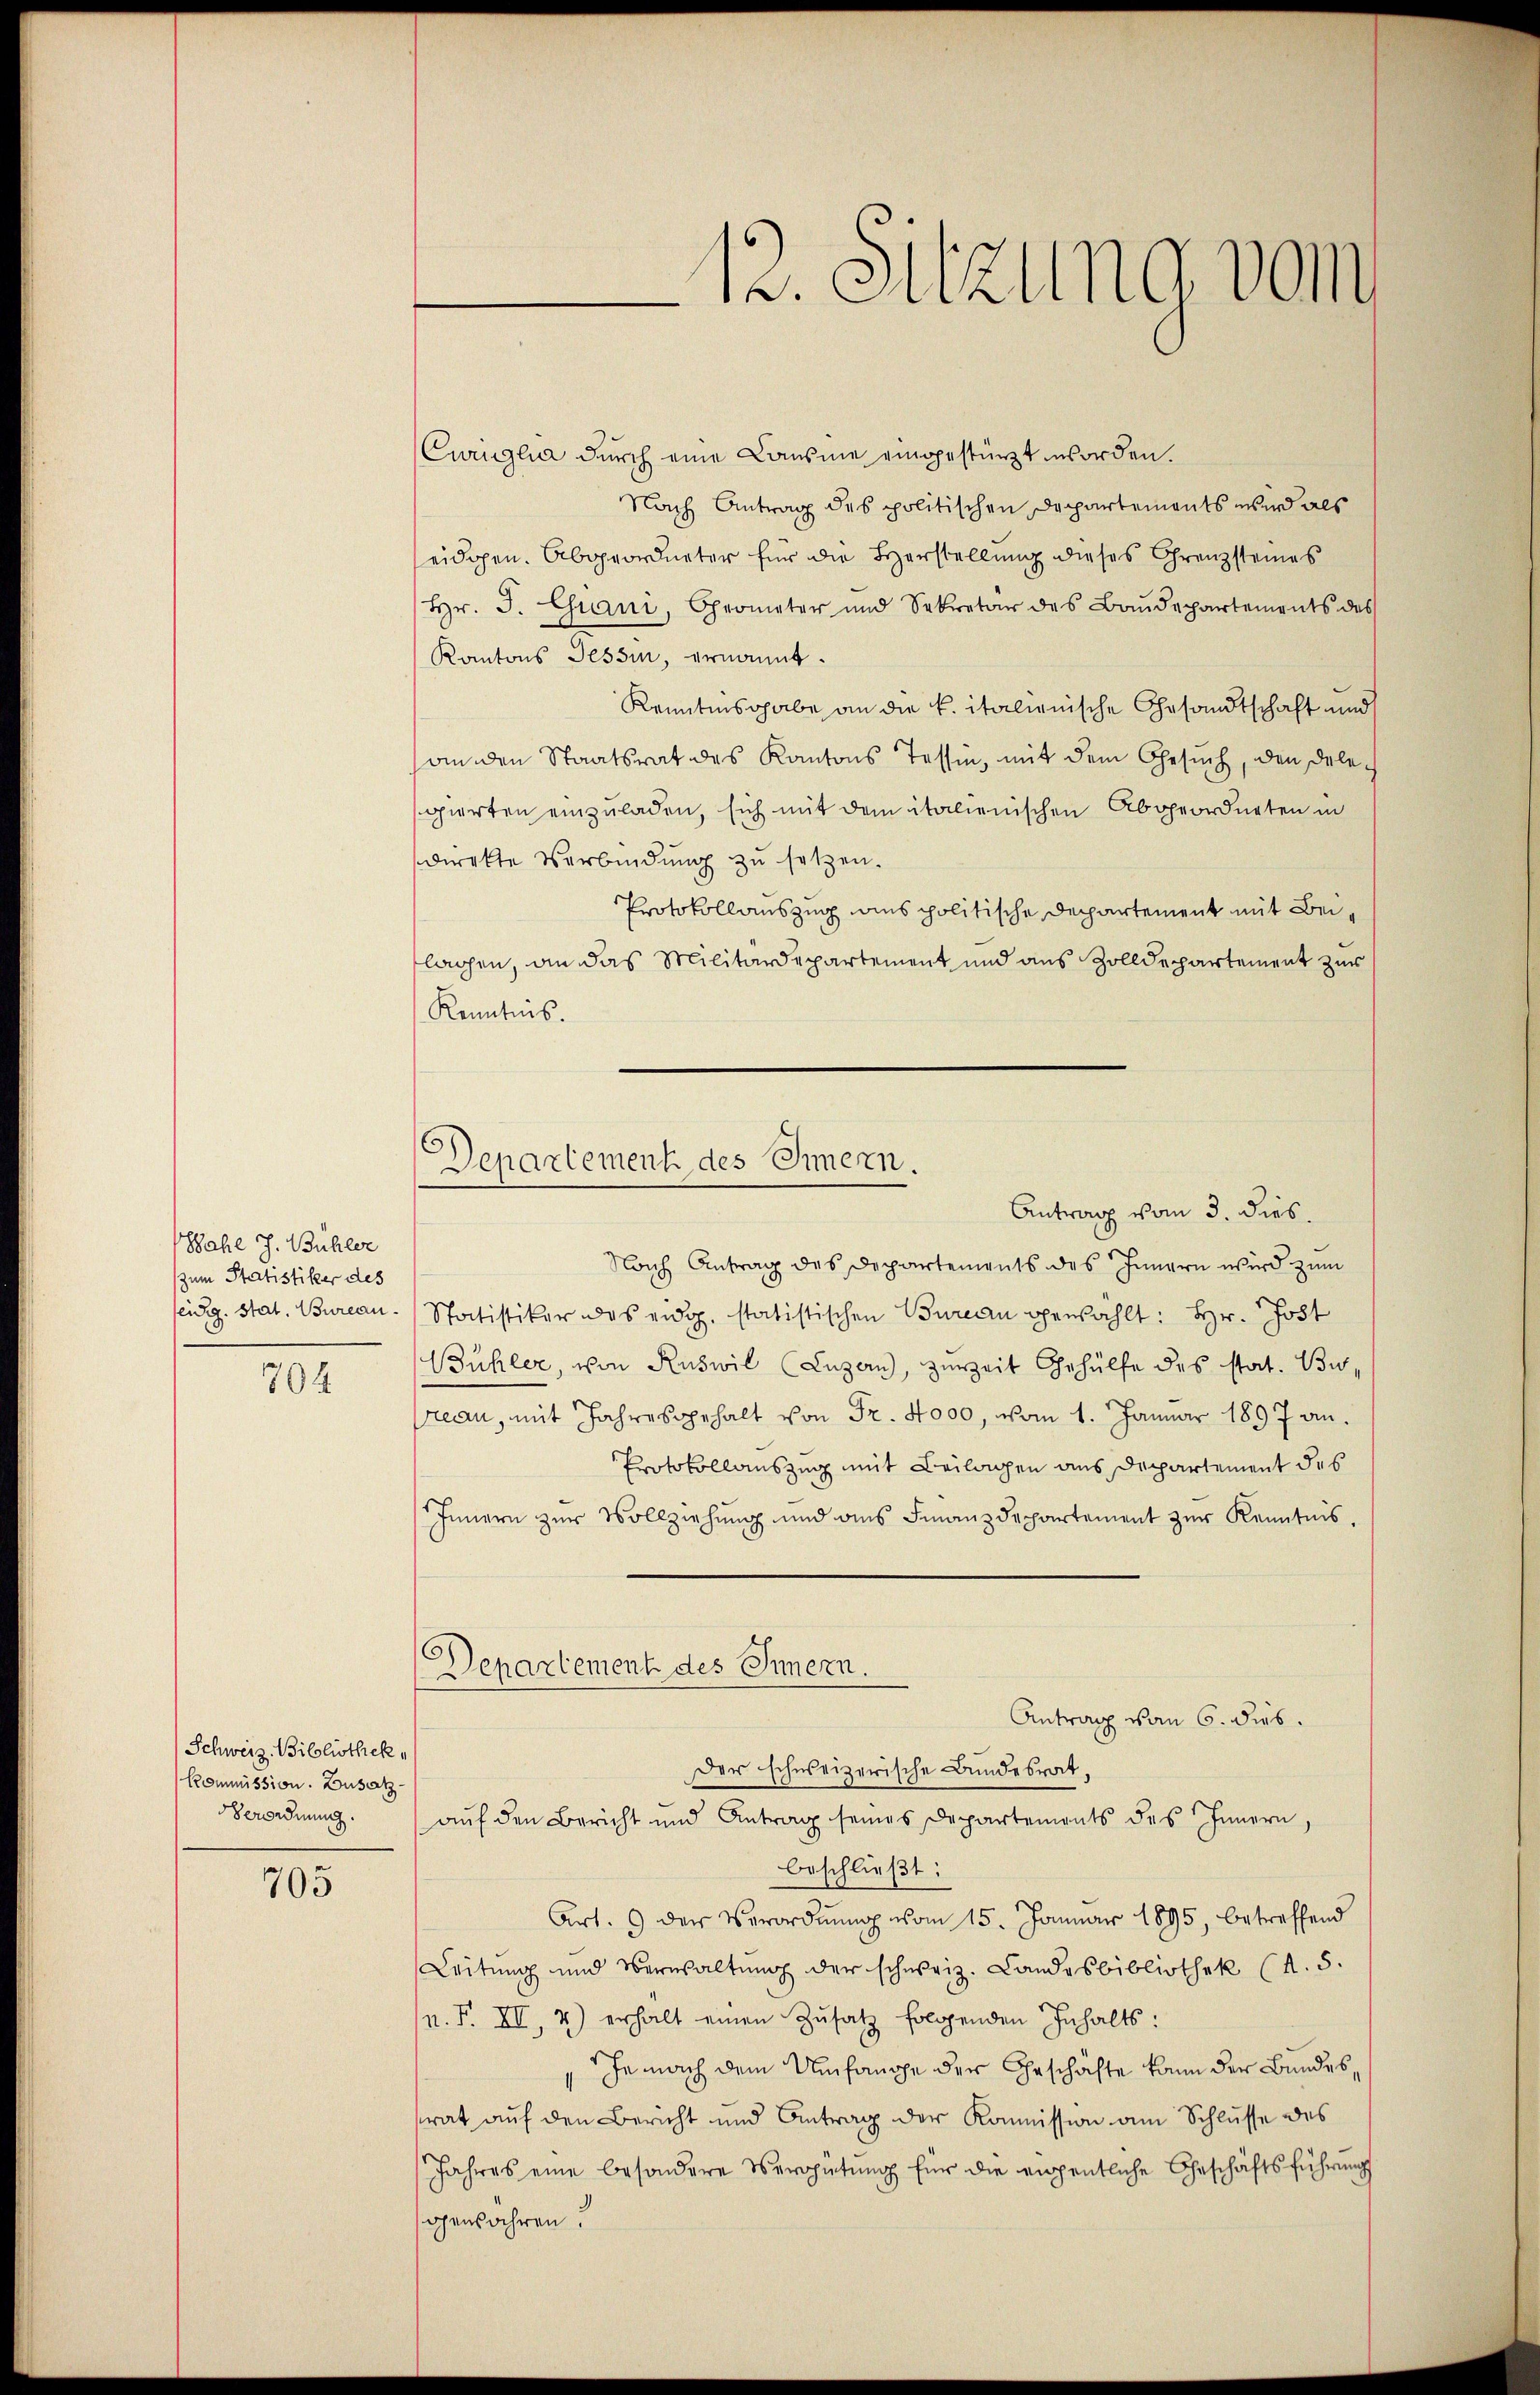
ahl J. Bühler
zum Statistiker des
eidg. Stat. Bureau.
704

Schweiz. Bibliothek
Kommission. Zusatz.
Verordnung.

705

12. Sitzung vom

Departement des Innern.
Antrag vom 3. dies.

Curiiglia durch eine Causme eingestürzt worden.
Nach Antrag des politischen Departements wird als
eidgen. Abgeordneter für die Herstellung dieses Grenzsteines
Hr. J. Chiani, Chrometer und Sekretär des Baŭdepartements des
Kantons Tessin, ernannt.
Kenntnisgabe an die k. italienische Gesandtschaft und
anden Staatsrat des Kantons Tessin, mit dem Gesuch, den Delesgierten einzuladen, sich mit dem italienischen Abgeordneten in
direkte Verbindung zu setzen.
Protokollauszug aus politische Departement mit Beilagen, an das Militärdepartement und aus Zolldepartement zur
Kenntnis.
Nach Antrag des Departements des Innern wird zum
Statistiker des eidg. statistischen Bureau gewählt: Hr. Jost
Bühler, von Ruswil (Luzan), zureit Gehülfe des stat. Burean, mit Jahresgehalt von Fr. 4000, vom 1. Januar 1897 an.
Protokollauszug mit Beilagen aus Departement des
Innern zur Vollziehung und aus Finanzdepartement zur Kenntnis,
Departement des Innern.
Antrag vom 6. dies.
Der schweizerische Bundesrat,
aŭf den Bericht und Antrag seines Departements des Innern,
beschließt:
Art. 9 der Verordnŭng vom 15. Januar 1895, betreffend
Leitung und Verwaltung der schweiz. Landesbibliothek (d. 5.
n. F. XI, 2) erhalt einen Zŭsatz folgenden Inhalts:
he nach dem Umfange der Geschäfte kann der Bundes,
srat auf den Bericht und Antrag der Kommission am Schlusse des
Jahres eine besondere Vergütŭng für die eigentliche Geschäftsführungs
gewähren.